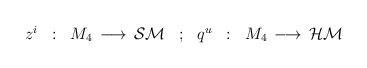
\begin{align*}\begin{array}{ccccccc}z^i & : & M_4 \, \longrightarrow \, {\cal SM} &; &q^u & : & M_4 \, \longrightarrow \, {\cal HM}\end{array}\end{align*}